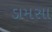
ડામસા